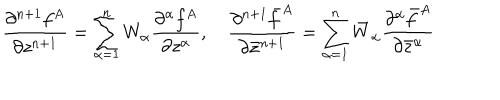
\frac { \partial ^ { n + 1 } f ^ { A } } { \partial z ^ { n + 1 } } = \sum _ { \alpha = 1 } ^ { n } W _ { \alpha } \frac { \partial ^ { \alpha } f ^ { A } } { \partial z ^ { \alpha } } , \quad \frac { \partial ^ { n + 1 } \bar { f } ^ { A } } { \partial \bar { z } ^ { n + 1 } } = \sum _ { \alpha = 1 } ^ { n } \bar { W } _ { \alpha } \frac { \partial ^ { \alpha } \bar { f } ^ { A } } { \partial \bar { z } ^ { \alpha } }